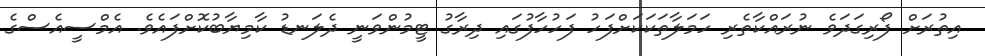
އިތުރަށް ފޯރިގަދަވެ ނުރައްކާތެރި ހަމަލާތަކަކަށްފަހު ފަހުހާފުގައި ދިރާގު ޓީމުންވަނީ ދެލަނޑު ކާމިޔާބުކޮށްފައެވެ. އެމްސީއެސްގެ